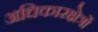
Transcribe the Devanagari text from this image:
अधिकारक्षेत्रों